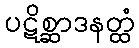
ပဋိစ္ဆာဒနတ္ထံ